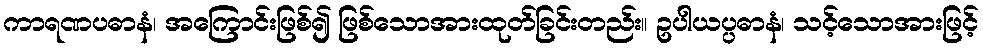
ကာရဏပဓာနံ၊ အကြောင်းဖြစ်၍ ဖြစ်သောအားထုတ်ခြင်းတည်း။ ဥပါယပ္ပဓာနံ၊ သင့်သောအားဖြင့်